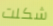
شكلت